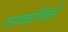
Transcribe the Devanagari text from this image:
रूपकांपैकी